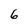
Character: 6